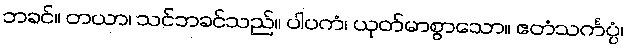
ဘခင်။ တယာ၊ သင်ဘခင်သည်။ ပါပကံ၊ ယုတ်မာစွာသော။ ဧတံသင်္ကပ္ပံ၊